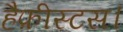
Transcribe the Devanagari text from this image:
हैफ़ीस्टस।